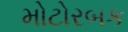
મોટોરબક